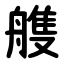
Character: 䑾